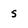
Character: s